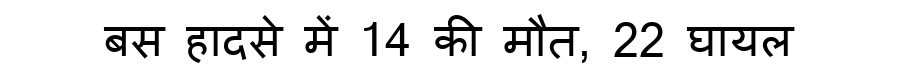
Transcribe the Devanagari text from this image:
बस हादसे में 14 की मौत, 22 घायल